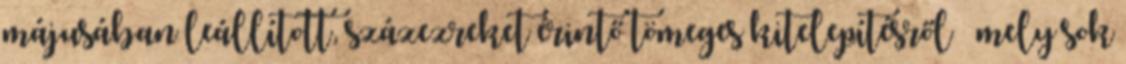
májusában leállított, százezreket érintő tömeges kitelepítésről – mely sok